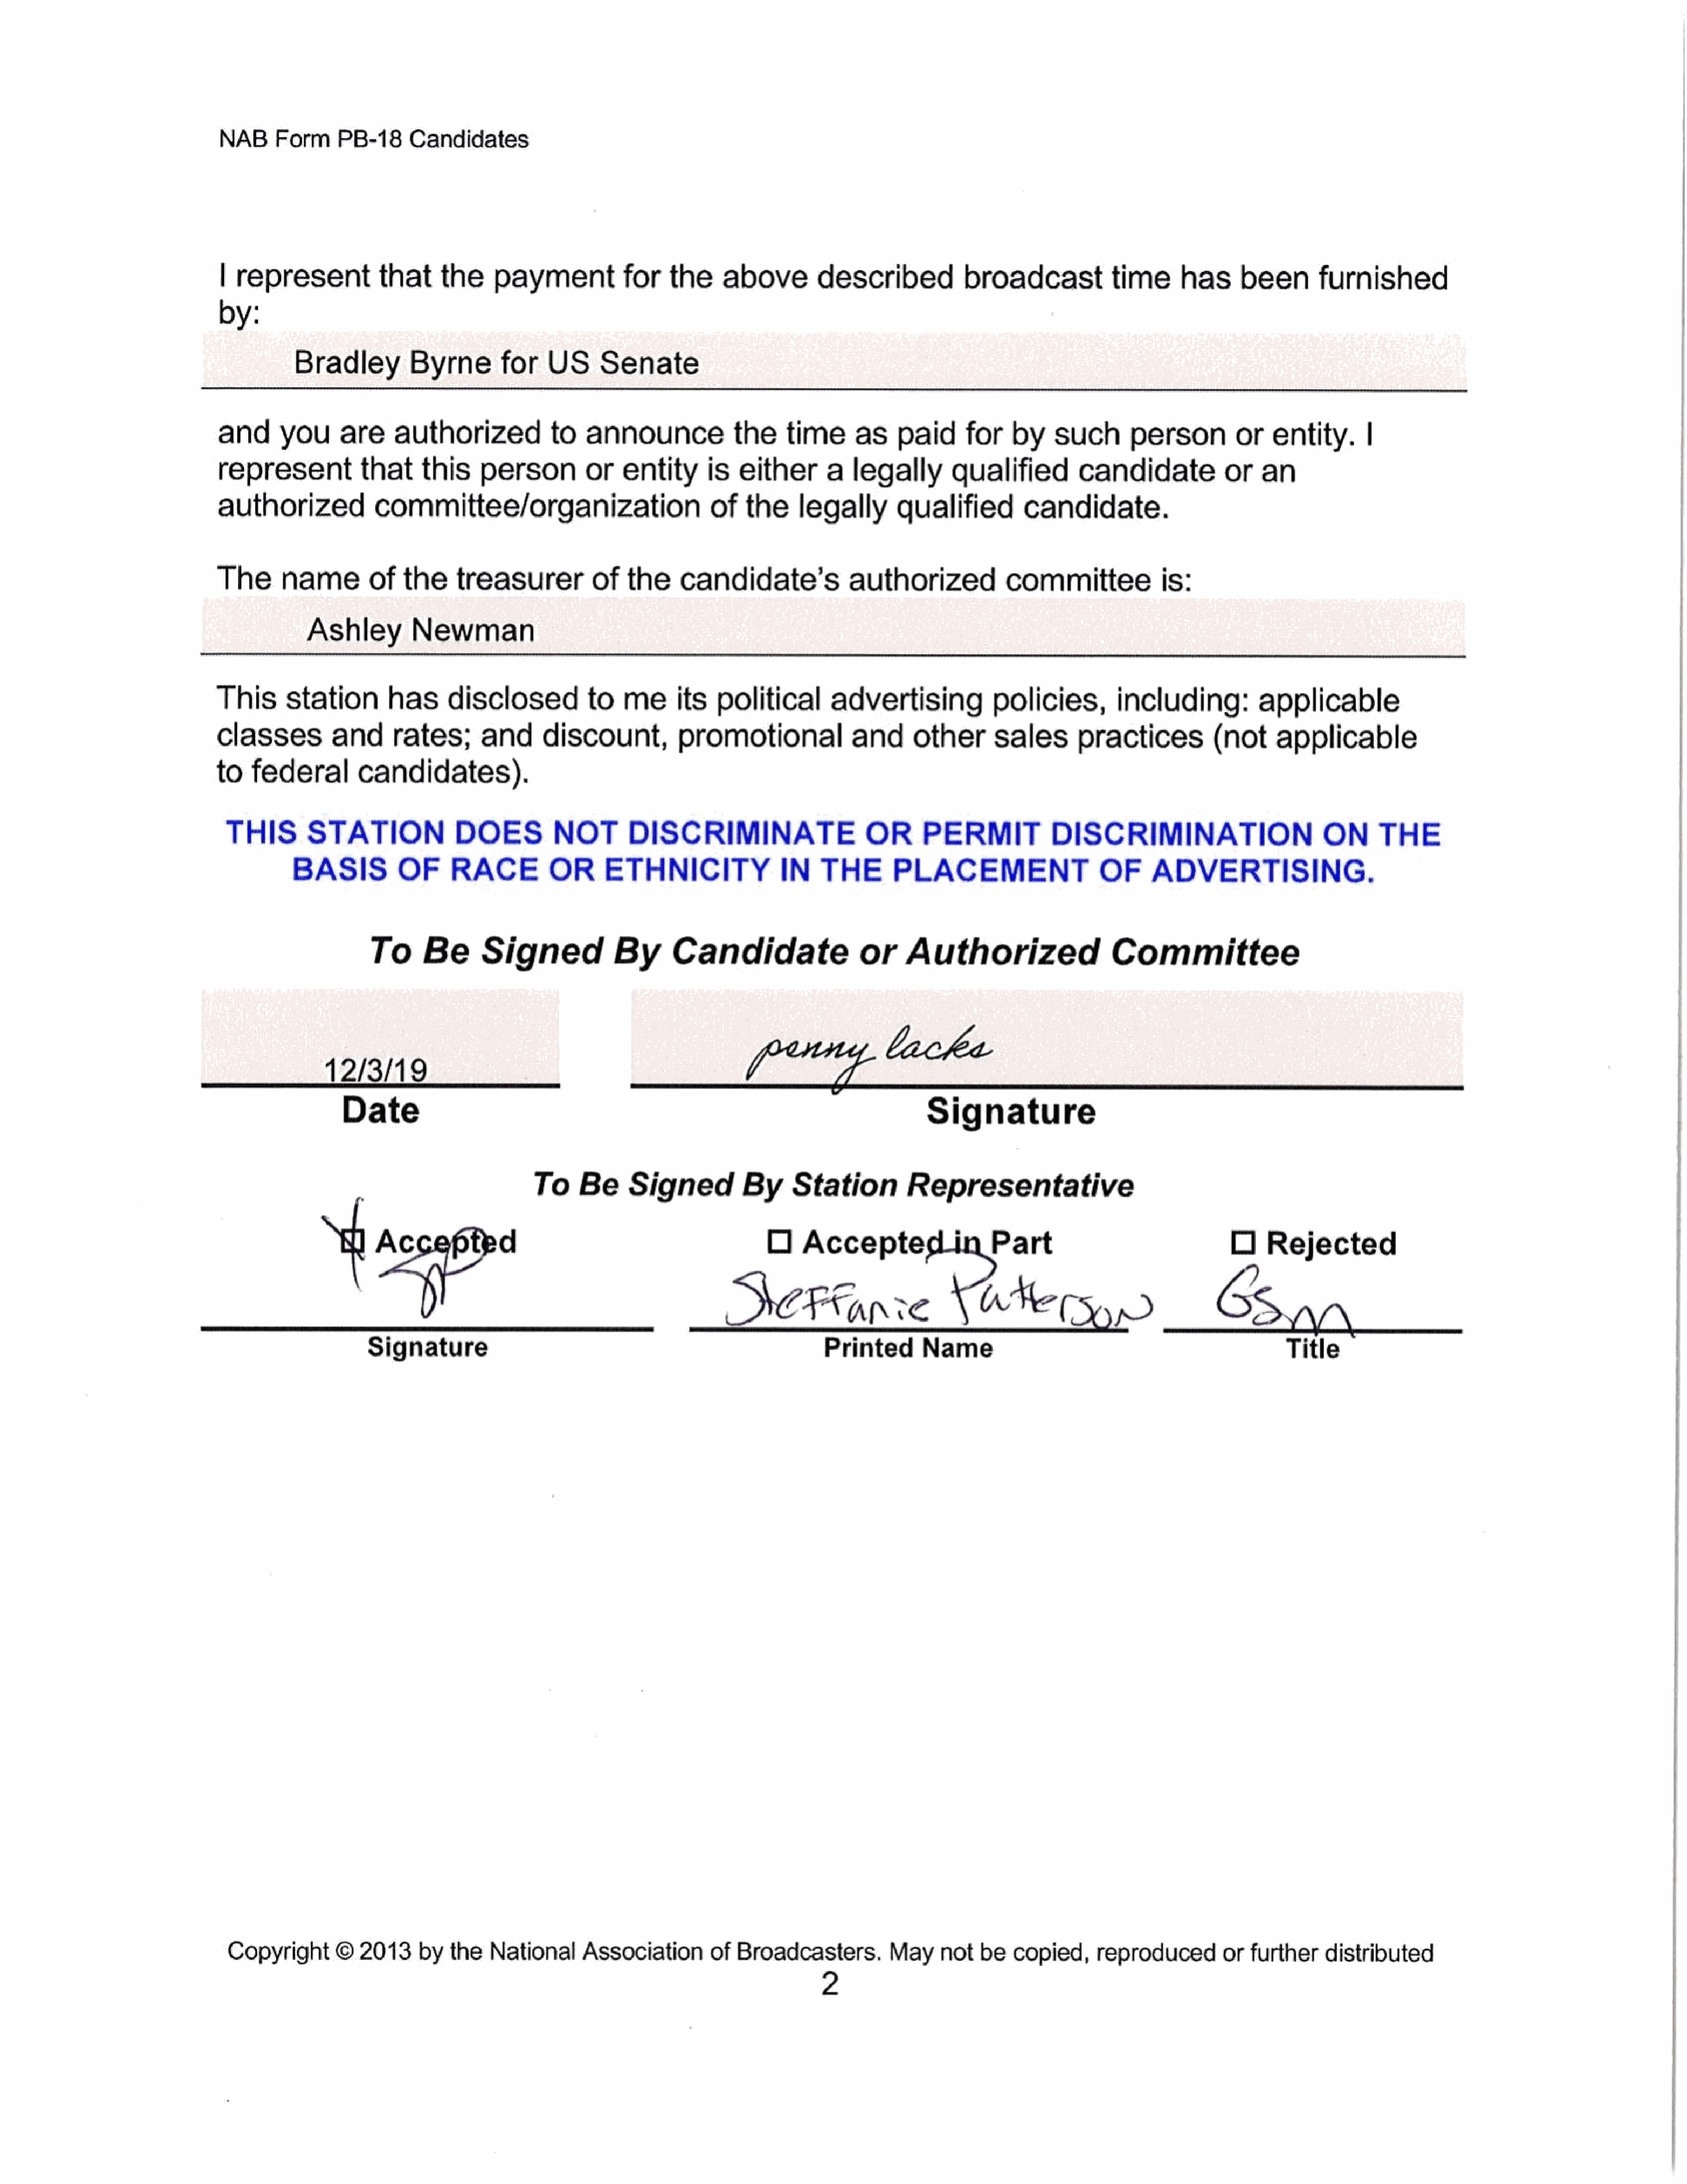
NAB     Form     PB-18      Candidates
 | representthat                the     paymentfor               the    above         described            broadcast            time      has     been        furnished
 by:
 Bradley          Byrne        for   US      Senate
 and      you      are    authorized             to   announcethe                 time      as    paid      for    by    such       person     orentity.|
 representthat                this     person         or entity        is   either      a   legally       qualified         candidate            or   an
 authorized             committee/organization                          of   the    legally       qualified         candidate.
 The      nameof            the    treasurer           of   the    candidate’s             authorized             committeeis:
 Ashley         Newman
 This      station        has     disclosed           to   meits         political       advertising            policies,         including:          applicable
 classes          and     rates;       and      discount,          promotional              and      other      sales       practices           (not    applicable
 to   federal        candidates).
 THIS        STATION              DOES          NOTDISCRIMINATE                              OR      PERMIT            DISCRIMINATION                         ON      THE
 BASIS          OF      RACE          OR      ETHNICITY                IN   THE        PLACEMENT                OF          ADVERTISING.
 To      Be      Signed             By      Candidate                  or    Authorized                    Committee
 12/3/19
 Date                                                                                Signature
 ;                       To     Be     Signed          By     Station          Representative
 ‘       ae                                                      Oo   magei                                                        0    Rejected
 i                                                          9)
 DeFinre                             Ytepyp                            San
 Signature                                                        Printed       Name                                                Title
 Copyright      ©  2013     by  the   National     Association        of Broadcasters.         May    not   be   copied,     reproducedorfurtherdistributed
 2